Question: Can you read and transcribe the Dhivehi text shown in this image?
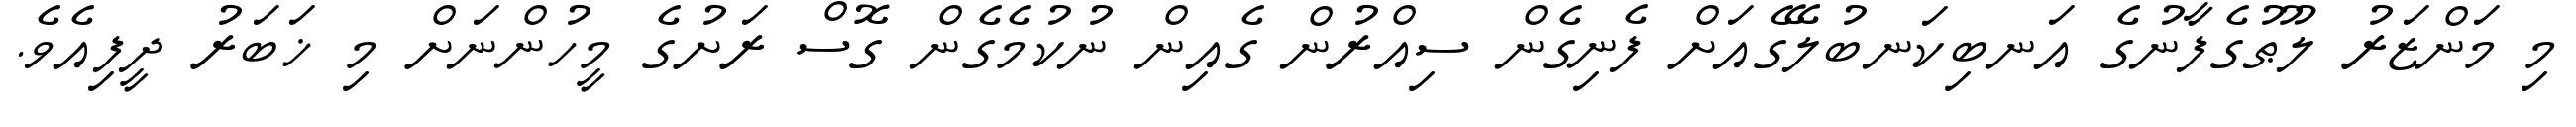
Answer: މި މަންޒަރު ލޫޠުގެފާނުގެ އަނބިކަނބުލޭގެއަށް ފެނިގެން ސިއްރުން ގެއިން ނުކުމެގެން ގޮސް ރަށުގެ މީހުންނަށް މި ޚަބަރު ދީފިއެވެ.